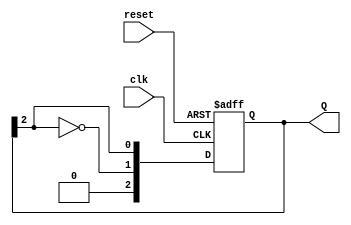
module JohnsonCounter #(parameter N = 3) (
    input wire clk,          // Clock input
    input wire reset,        // Asynchronous reset
    output reg [N-1:0] Q     // Counter output
);

    // Sequential logic for the Johnson counter
    always @(posedge clk or posedge reset) begin
        if (reset) begin
            Q <= 0; // Reset the counter to 0
        end else begin
            // Shift the values and feed back the inverted last flip-flop output
            Q <= {~Q[N-1], Q[N-1:N-1]}; // Shift and invert the last bit
        end
    end

endmodule